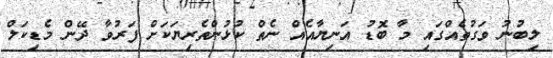
ލިބުނު ވަގުތެއްގައި މާ ބޮޑު އަނިޔާއެއް ނެތް ކުޅުންތެރިޔަކަށް ފަރުވާ ދޭން މެޑިކަލް